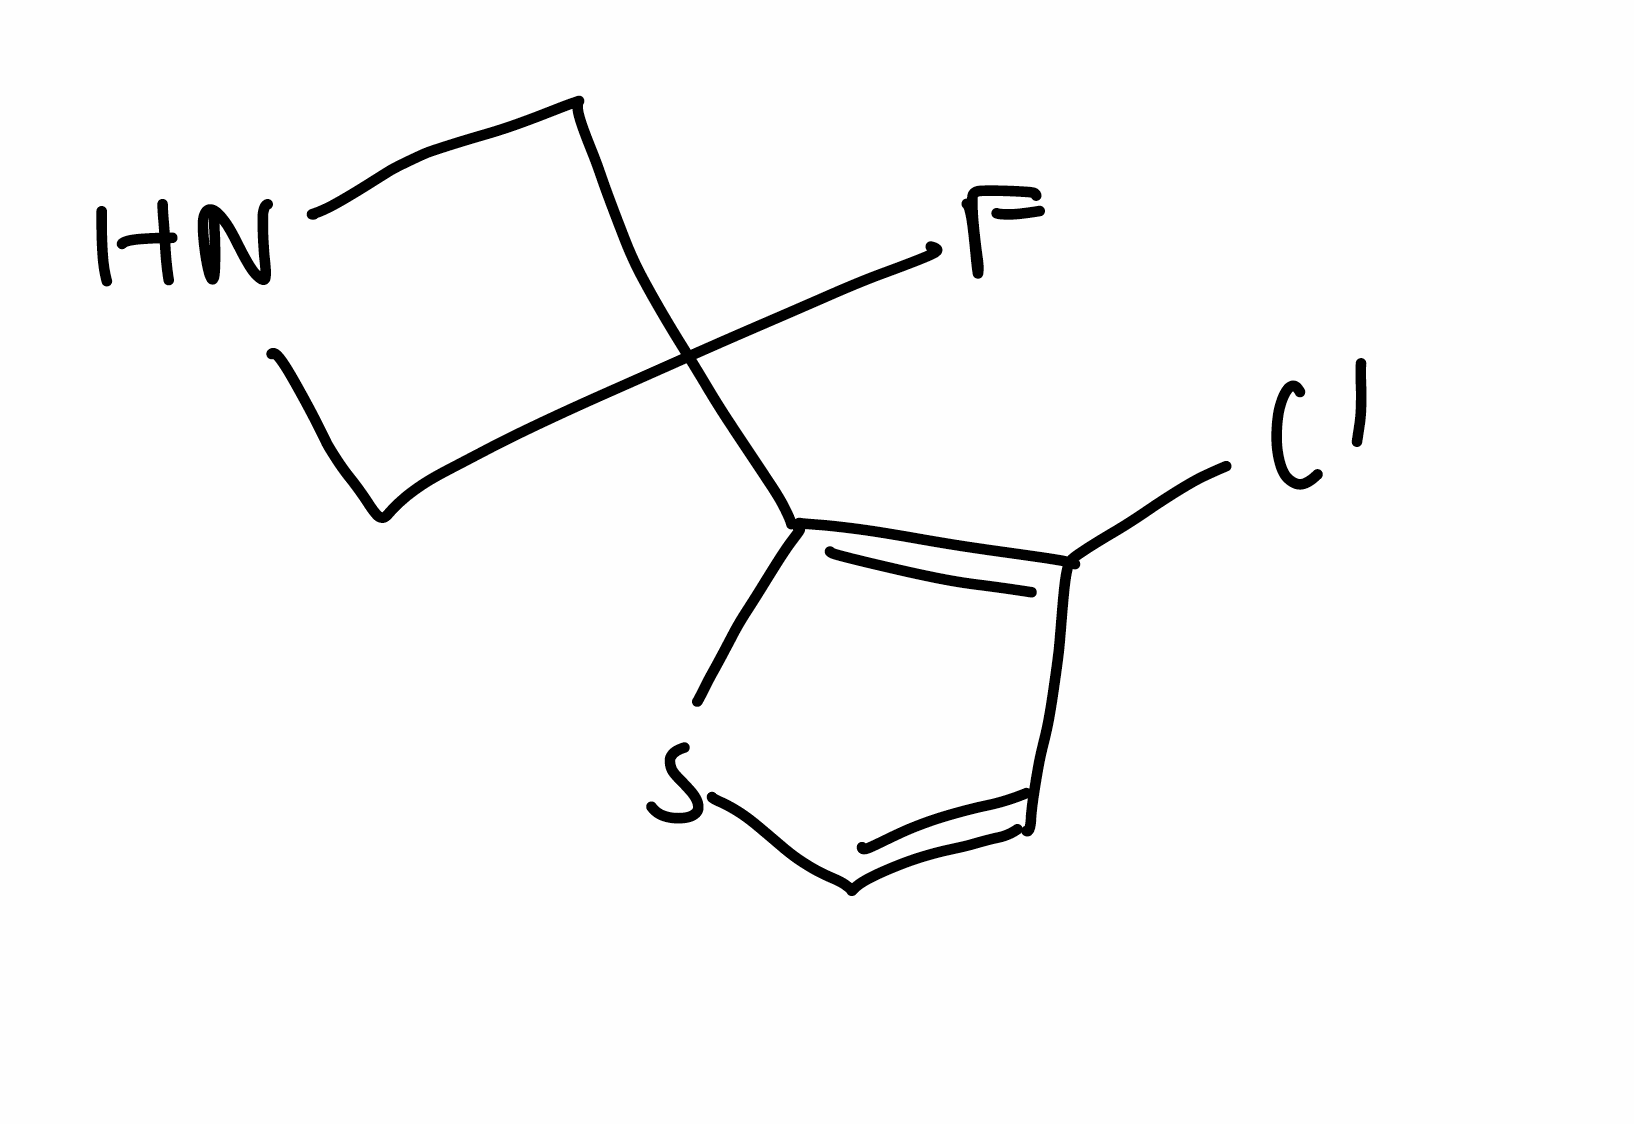
Simplified molecular-input line-entry system (SMILES) notation of the given molecule:
C1C(CN1)(C2=C(C=CS2)Cl)F